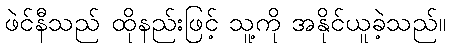
ဖဲင်နီသည် ထိုနည်းဖြင့် သူ့ကို အနိုင်ယူခဲ့သည်။